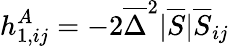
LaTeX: h_{1,ij}^{A}=-2\overline{{\Delta}}^{2}|\overline{{S}}|\overline{{S}}_{ij}